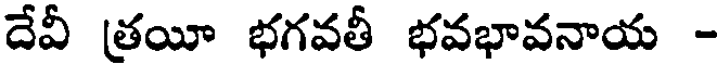
దేవీ త్రయీ భగవతీ భవభావనాయ -